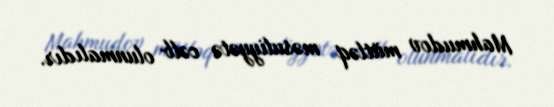
Mahmudov mütləq məsuliyyətə cəlb olunmalıdır.